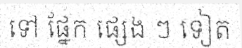
ទៅ ផ្នែក ផ្សេង ៗ ទៀត